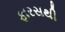
ફારસથી